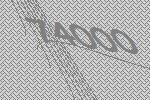
74000